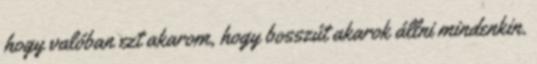
hogy valóban ezt akarom, hogy bosszút akarok állni mindenkin.